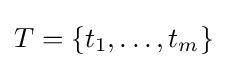
T=\{t_{1},\ldots ,t_{m}\}